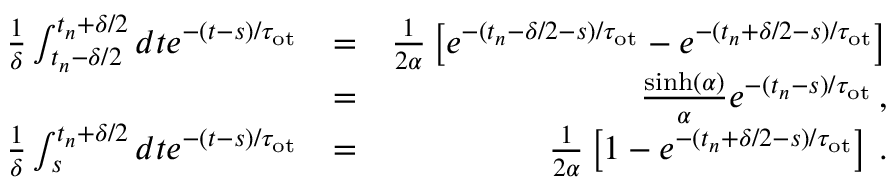
\begin{array} { r l r } { \frac { 1 } { \delta } \int _ { t _ { n } - \delta / 2 } ^ { t _ { n } + \delta / 2 } d t e ^ { - ( t - s ) / \tau _ { \mathrm { o t } } } } & { = } & { \frac { 1 } { 2 \alpha } \left[ e ^ { - ( t _ { n } - \delta / 2 - s ) / \tau _ { \mathrm { o t } } } - e ^ { - ( t _ { n } + \delta / 2 - s ) / \tau _ { \mathrm { o t } } } \right] } \\ & { = } & { \frac { \sinh ( \alpha ) } { \alpha } e ^ { - ( t _ { n } - s ) / \tau _ { \mathrm { o t } } } \, , } \\ { \frac { 1 } { \delta } \int _ { s } ^ { t _ { n } + \delta / 2 } d t e ^ { - ( t - s ) / \tau _ { \mathrm { o t } } } } & { = } & { \frac { 1 } { 2 \alpha } \left[ 1 - e ^ { - ( t _ { n } + \delta / 2 - s ) / \tau _ { \mathrm { o t } } } \right] \, . } \end{array}